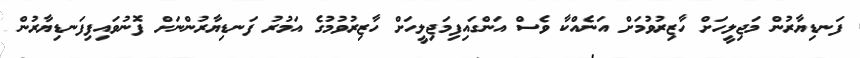
ފަނޑިޔާރުން މަޖިލީހަށް ހާޒިރުވުމަށް އަނެއްކާ ވެސް އަންގައިފިމަޖިލީހަށް ހާޒިރުުވުމުގެ އަމުރު ފަނޑިޔާރުންނަށް ފޮނުވައިފިފަނޑިޔާރުން